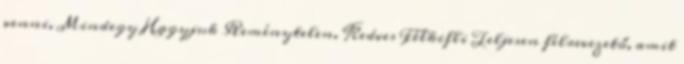
venni. Mindegy Hagyjuk Reménytelen. Kedves Félkifli Teljesen félrevezető, amit